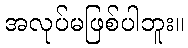
အလုပ်မဖြစ်ပါဘူး။